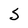
Character: S